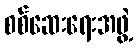
စစ်ဆေးရေးအဖွဲ့